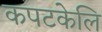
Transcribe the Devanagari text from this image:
कपटकेलि